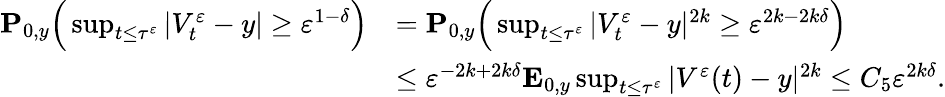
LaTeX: \begin{array}{rl}{\mathbf{P}_{0,y}\Big(\operatorname*{sup}_{t\leq\tau^{\varepsilon}}|V_{t}^{\varepsilon}-y|\geq\varepsilon^{1-\delta}\Big)}&{=\mathbf{P}_{0,y}\Big(\operatorname*{sup}_{t\leq\tau^{\varepsilon}}|V_{t}^{\varepsilon}-y|^{2k}\geq\varepsilon^{2k-2k\delta}\Big)}\\ &{\leq\varepsilon^{-2k+2k\delta}\mathbf{E}_{0,y}\operatorname*{sup}_{t\leq\tau^{\varepsilon}}|V^{\varepsilon}(t)-y|^{2k}\leq C_{5}\varepsilon^{2k\delta}.}\end{array}